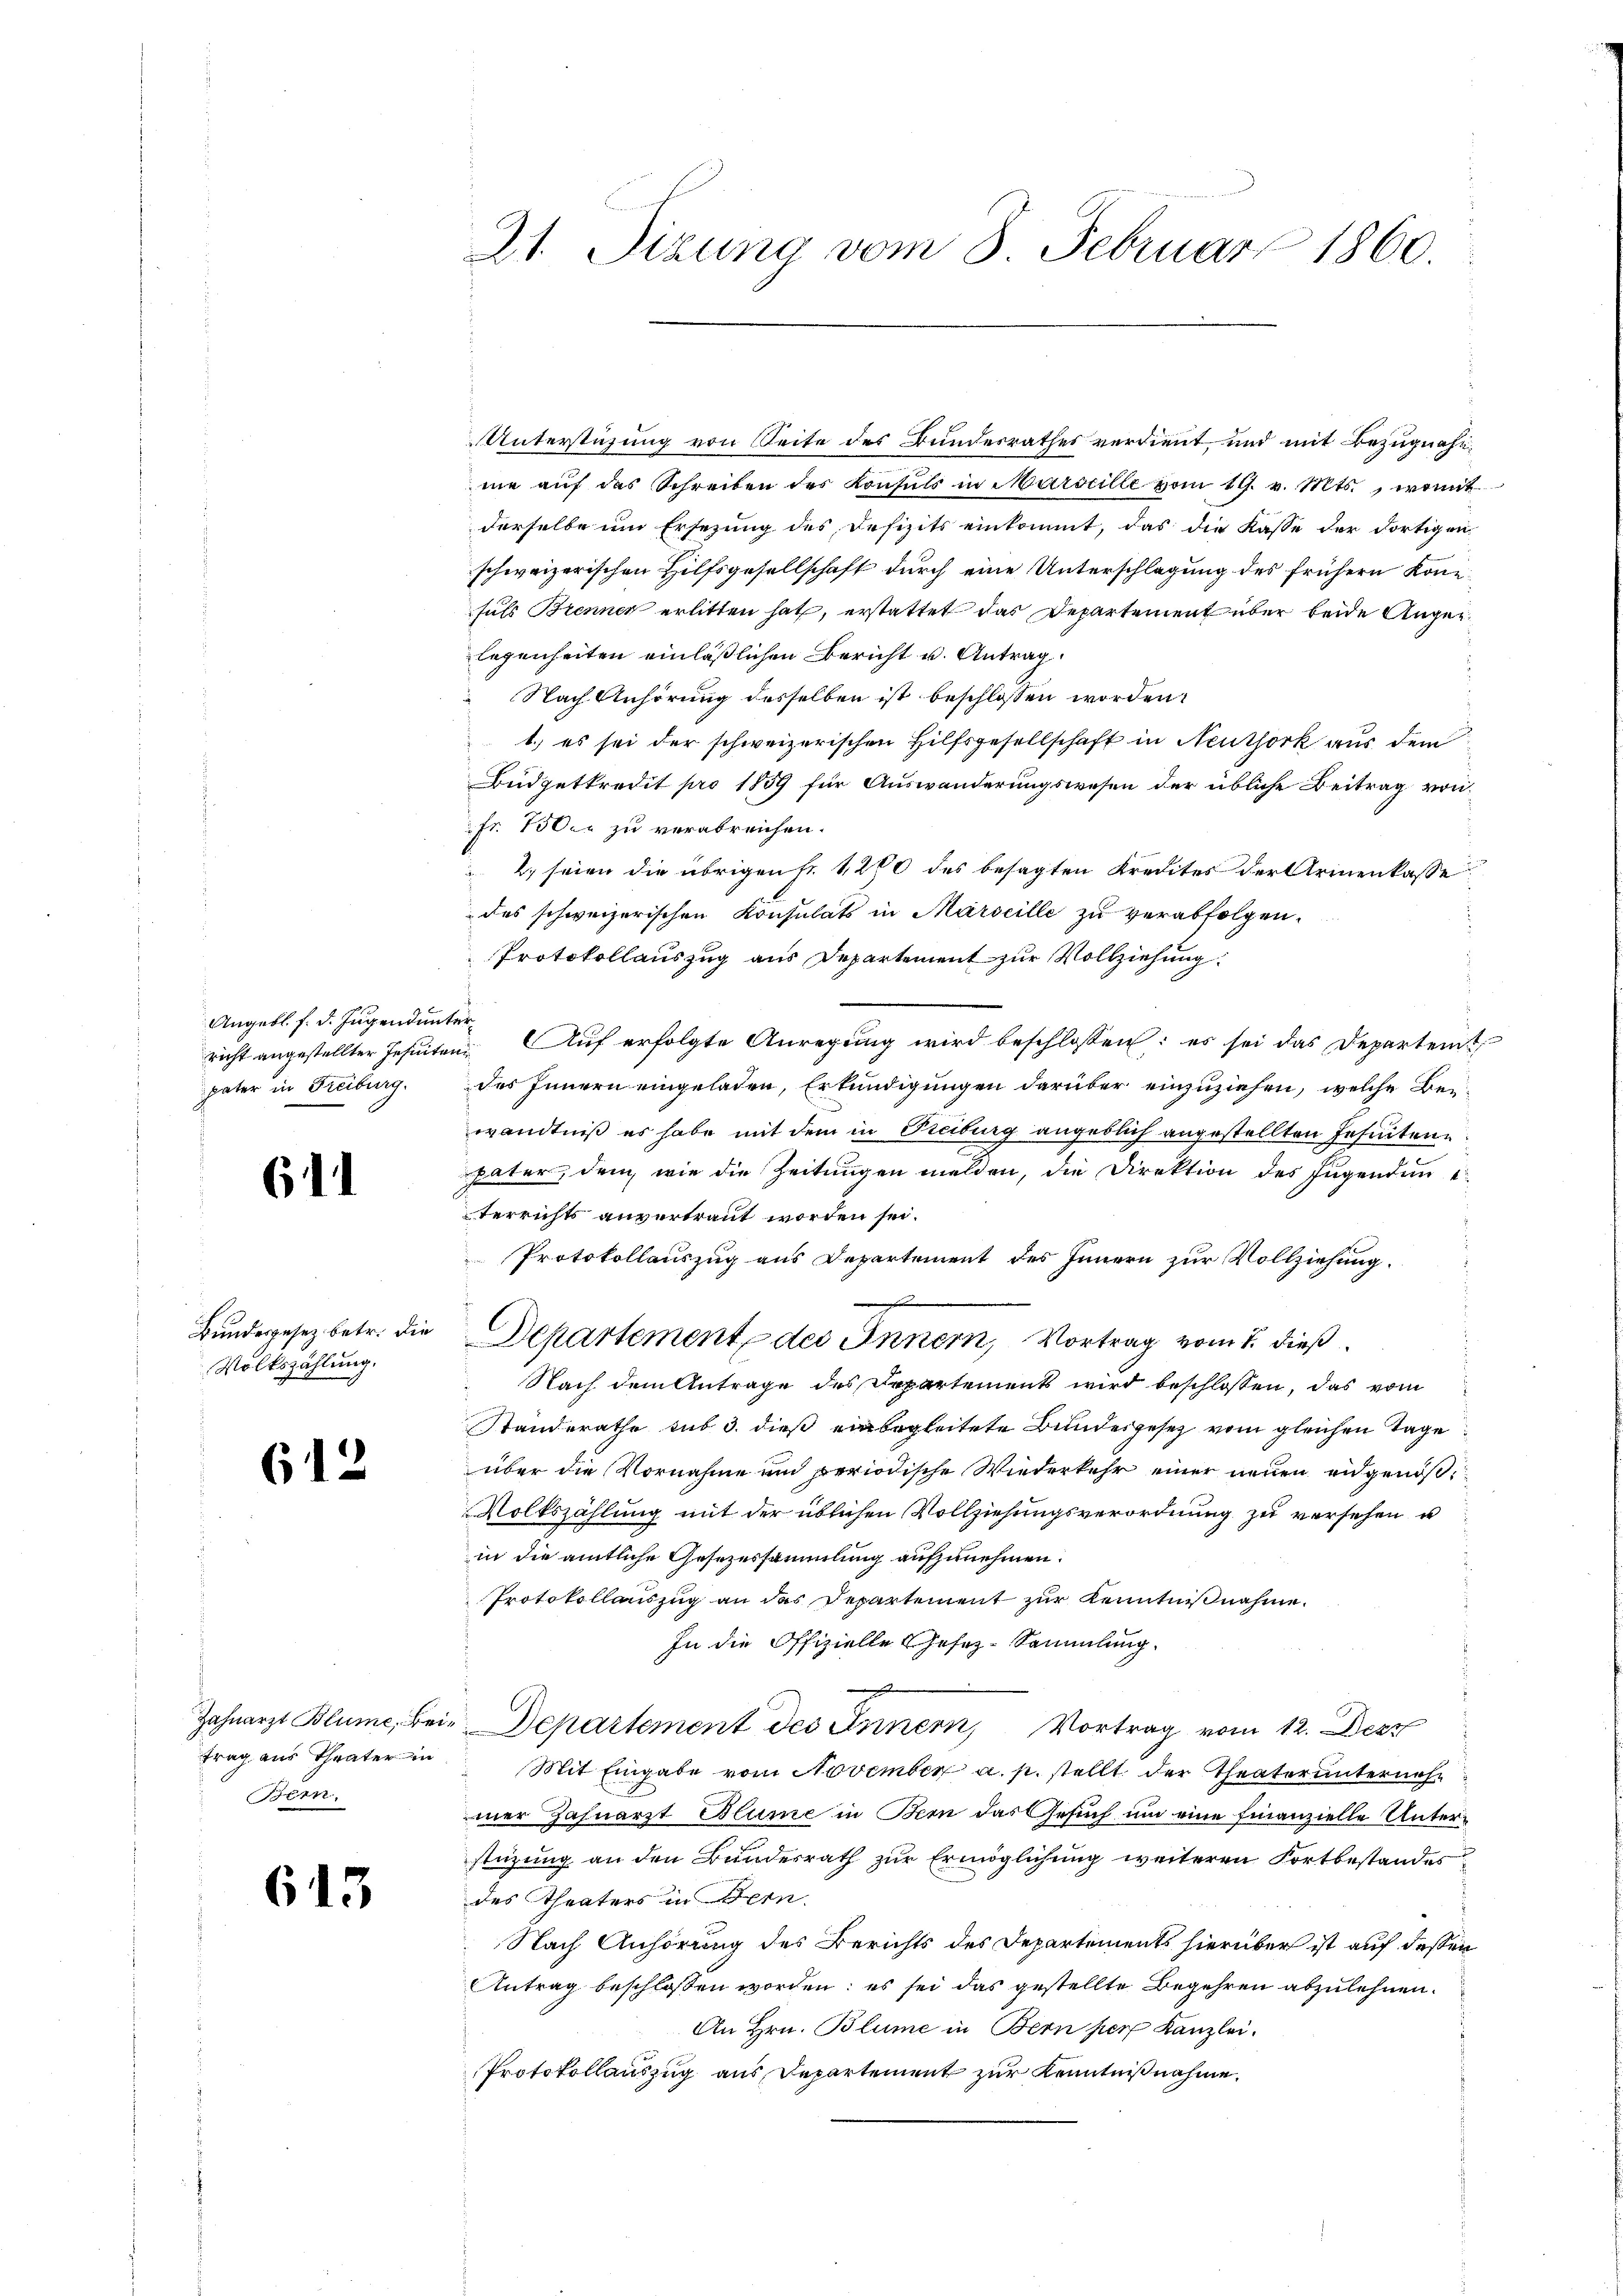
Angebl. f. d. Jugend unter
richt angestellter Jesuitani
pater in Freiburg.

611

Bundesgesez betr. die
Volkszählung.

612

trag aus Theater in
Bern.

613

21. Sizung vom 8. Februar 1860.

Unterstüzung von Seite des Bunderrathes verdient und mit Bezugnahnme aŭf das Schreiben der Konsuls in Marseille vom 19. v. Mts., womit
derselbe um Ersezung des Defizits einkommt, das die Kasse der dortigen
schweizerischen Hilfsgesellschaft durch eine Unterschlagung des frühern könsuls Brennen erlitten hat, erstattet das Departement über beide Angelegenheiten einläßlichen Bericht u. Antrag
Nach Anhörung desselben ist beschlossen worden.
1.) es sei der schweizerischen Hilfsgesellschaft in Neuthork aus dem
Budgetkredit pro 1859 für Auswanderungswesen der übliche Beitrag von
fr. 150er zu verabreichen.
2. seien die übrigen Fr. 1270 des besagten Kredites der Armenkasse
des schweizerischen Konsulats in Marseille zu verabfolgen.
Protokollauszug aus Departement zur Vollziehung
Auf erfolgte Anregung wird beschlossen: es sei das Departent
des Innern eingeladen, Erkundigungen darüber einzuziehen, welche Beiwandtniß es habe mit dem in Freiburg angeblich angestellten Jesuiten.
pater, dem wie die Zeitungen melden, die Direktion des Jugenden e
terrichts anvertraut worden sei.
Protokollauszug aus Departement des Innern zur Vollziehung.
.
Departement des Innern, Vortrag vom 1. dieß
Nach dem Antrage des Departement wird beschlossen, das vom
Standerathe sub 3. dieß einbegleitete Bundesgesetz vom gleichen Tage
über die Vornahme und periodische Wiederkehr einer neuen eidgenöß¬
Volkszählung mit der üblichen Vollziehungsverordnung zu versehen u
in die amtliche Gesezessammlung aufzunehmen.
Protokollauszug an das Departement zur Kenntnißnahme.
In die Offizielle Gesez-Sammlung.
Zahnarzt Blume, bei Departement des Innern, Vortrag vom 12. Decr
Mit Eingabe vom November a. p. stellt der Theater unternehm
mer Zahnarzt Blume in Bern das Gesuch um eine finanzielle Unterstüzung an den Bundesrath zur Ermöglichung weiteren Fortbestandesdes Theaters in Bern.
Nach Anhörung des Berichts des Departements hierüber ist auf dessen
Antrag beschlossen worden; es sei das gestellte Begehren abzulehnen.
An Hrn. Blume in Bern per Kanzlei.
Protokollauszug aus Departement zur Kenntnißnahme.